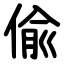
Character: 偸